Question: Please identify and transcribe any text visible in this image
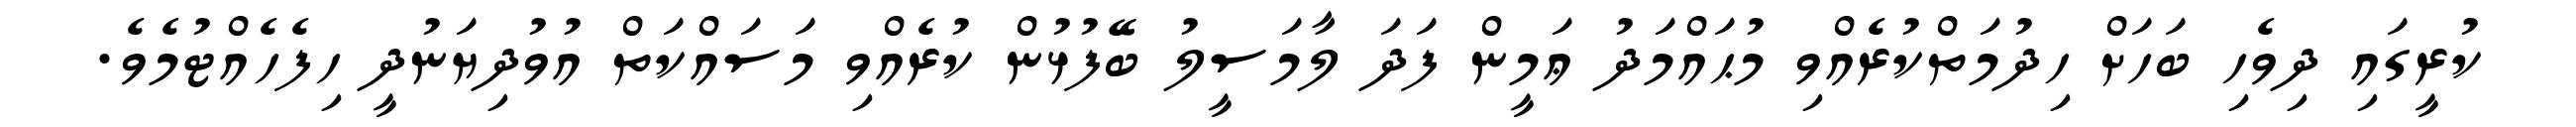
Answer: ކުރީގައި ދިވެހި ބަހަށް ހިދުމަތްކުރެއްވި މުޙައްމަދު ޢަމީން ފަދަ ލާމަސީލު ބޭފުޅުން ކުރެއްވި މަސައްކަތް އުވުދިޔަނުދީ ހިފެހެއްޓުމެވެ.